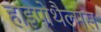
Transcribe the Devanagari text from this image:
हाइपोथैल्मस